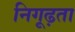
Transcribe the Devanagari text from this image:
निगूढ़ता